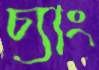
চ্যাং